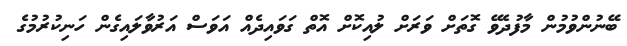
ބޭނުންވުމުން މާފުދެވޭ ގޮތަށް ވަރަށް ލުއިކޮށް އޮތް ގަވައިދެއް އަވަސް އަރުވާލައިގެން ހަނިކުރުމުގެ